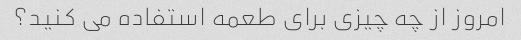
امروز از چه چیزی برای طعمه استفاده می کنید؟